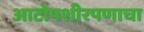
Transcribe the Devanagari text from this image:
आटोपशीरपणाचा